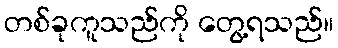
တစ်ခုကူသည်ကို တွေ့ရသည်။